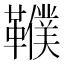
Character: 𩍩